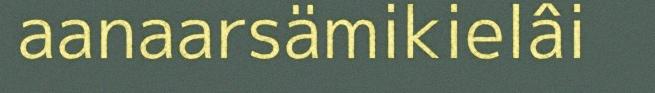
aanaarsämikielâi